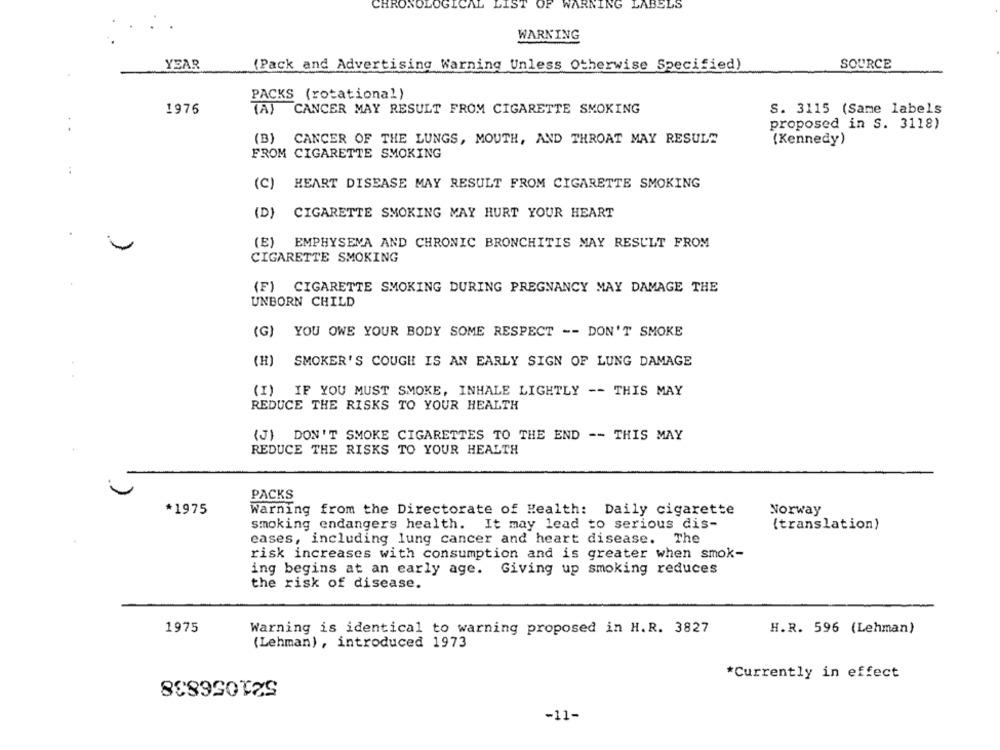
OF WARNING LABELS
WARNING
YEAR
(Pack and Advertising Warning Unless Otherwise Specified)
SOURCE
PACKS (rotational)
1976
(A) CANCER MAY RESULT FROM CIGARETTE SMOKING
S. 3115 (Same labels
proposed in S. 3118)
(B) CANCER OF THE LUNGS, MOUTH, AND THROAT MAY RESULT
(Kennedy)
FROM CIGARETTE SMOKING
(C) HEART DISEASE MAY RESULT FROM CIGARETTE SMOKING
(D) CIGARETTE SMOKING MAY HURT YOUR HEART
(E) EMPHYSEMA AND CHRONIC BRONCHITIS MAY RESULT FROM
CIGARETTE SMOKING
(F) CIGARETTE SMOKING DURING PREGNANCY MAY DAMAGE THE
UNBORN CHILD
(G) YOU OWE YOUR BODY SOME RESPECT -- DON'T SMOKE
(H)
SMOKER'S COUGH IS AN EARLY SIGN OF LUNG DAMAGE
(I) IF YOU MUST SMOKE, INHALE LIGHTLY -- THIS MAY
REDUCE THE RISKS TO YOUR HEALTH
(J) DON'T SMOKE CIGARETTES TO THE END -- THIS MAY
REDUCE THE RISKS TO YOUR HEALTH
PACKS
*1975
Warning from the Directorate of Health: Daily cigarette
Norway
smoking endangers health. It may lead to serious dis-
(translation)
cases, including lung cancer and heart disease.
The
risk increases with consumption and is greater when smok-
ing begins at an early age. Giving up smoking reduces
the risk of disease.
1975
Warning is identical to warning proposed in H.R. 3827
H.R. 596 (Lehman)
(Lehman), introduced 1973
521056838
*Currently in effect
-11-